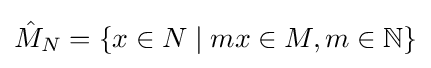
{\hat {M}}_{N}=\{x\in N\mid mx\in M,m\in \mathbb {N} \}